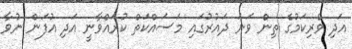
އަދި ވެރިކަމުގެ ތިން ވަނަ ދައުރުގައި މަސައްކަތް ކުރައްވާނީ އަދި އުފަން ނުވާ